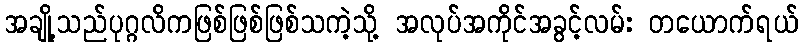
အချို့သည်ပုဂ္ဂလိကဖြစ်ဖြစ်ဖြစ်သကဲ့သို့ အလုပ်အကိုင်အခွင့်လမ်း တယောက်ရယ်